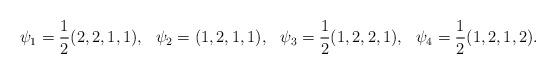
LaTeX: \begin{align*}\psi_1 &= \frac{1}{2}(2,2,1,1),&\psi_2 &= (1,2,1,1),&\psi_3 &= \frac{1}{2}(1,2,2,1),&\psi_4 &= \frac{1}{2}(1,2,1,2).\end{align*}